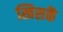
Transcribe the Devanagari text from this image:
खिसकें